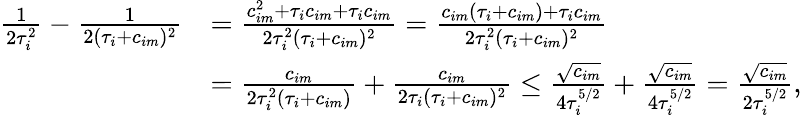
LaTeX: \begin{array}{rl}{\frac{1}{2\tau_{i}^{2}}-\frac{1}{2(\tau_{i}+c_{im})^{2}}}&{=\frac{c_{im}^{2}+\tau_{i}c_{im}+\tau_{i}c_{im}}{2\tau_{i}^{2}(\tau_{i}+c_{im})^{2}}=\frac{c_{im}(\tau_{i}+c_{im})+\tau_{i}c_{im}}{2\tau_{i}^{2}(\tau_{i}+c_{im})^{2}}}\\ &{=\frac{c_{im}}{2\tau_{i}^{2}(\tau_{i}+c_{im})}+\frac{c_{im}}{2\tau_{i}(\tau_{i}+c_{im})^{2}}\le\frac{\sqrt{c_{im}}}{4\tau_{i}^{5/2}}+\frac{\sqrt{c_{im}}}{4\tau_{i}^{5/2}}=\frac{\sqrt{c_{im}}}{2\tau_{i}^{5/2}},}\end{array}